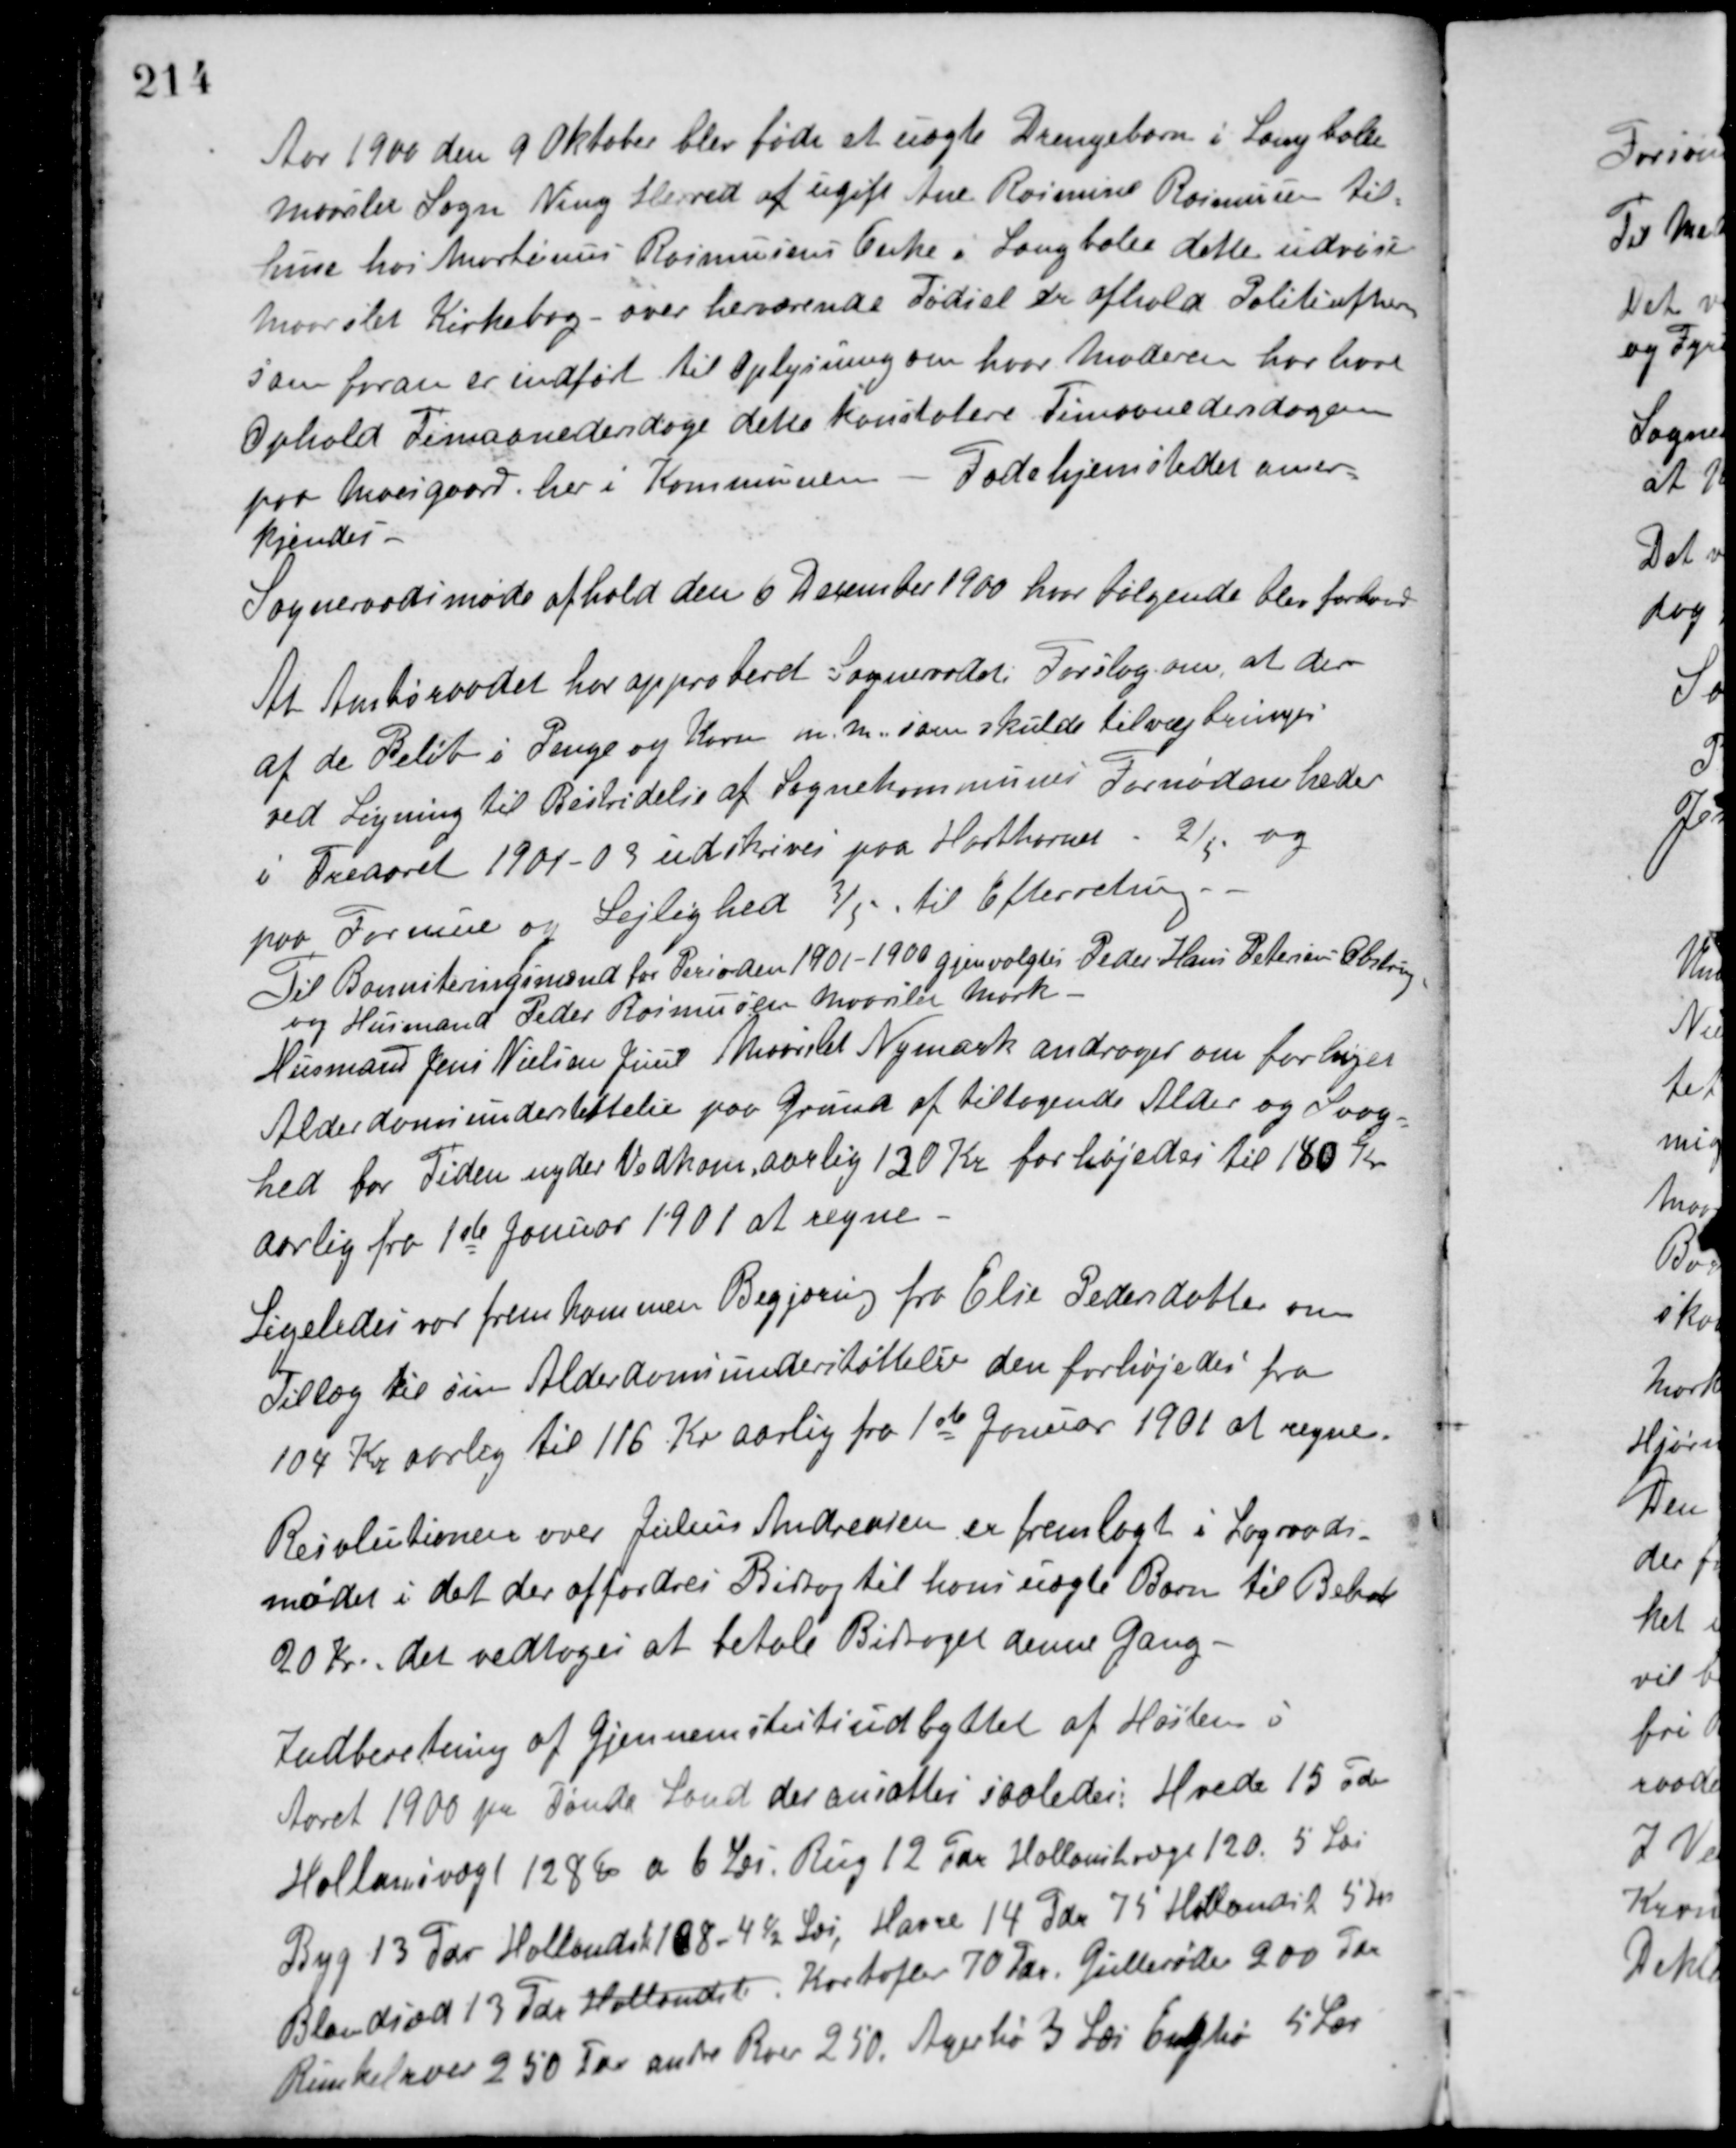
Transskription:
Aar 1900 den 9 Oktober blev født et uægte Drengebarn i Langballe
Maarslet Sogn Ning Herred af ugift Ane Rasmine Rasmussen til
huse hos Martinus Rasmussens Enke i Langballe dette udvise
Maarslet Kirkebog - over herværende Fødsel er afhold Politiefter
som foran er indført til Oplysning om hvor Moderen har havt
Ophold Timaanedersdage dette konstatere Timaanedersdagen
paa Moesgaard her i Kommunen - Fødehjemstedet aner-
kjendes.
Sogneraadsmøde afhold den 6 December 1900 hvor følgende blev forhand
At Amtsraadet har approberet Sogneraadets Forslag om, at der
af de Beløb i Penge og Korn m. m. som skulde tilvejebringes
ved Ligning til Bestridelse af Sognekommunens Fornødenheder
i Treaaret 1901-03 udskrives paa Hartkornet - 2/5 og
paa Formue og Lejlighed 3/5 til Efterretning.
Til Bonniteringsmænd for Perioden 1901-1900 gjenvalgtes Peder Hans Petersen Obstrup
og Husmand Peder Rasmussen Maarslet Mark
Husmand Jens Nielsen Juul Maarslet Nymark andrager om forhøjet
Alderdomsunderstøttelse paa Grund af tiltagende Alder og Svag-
hed for Tiden nyder Vedkom. aarlig 130 Kr forhøjedes til 180 Kr
aarlig fra 1ste Januar 1901 at regne.
Ligeledes var fremkommen Begjæring fra Else Pedersdatter om
Tillæg til sin Alderdomsunderstøttelse den forhøjedes fra
104 Kr aarlig til 116 Kr aarlig fra 1ste Januar 1901 at regne.
Resolutionen over Julius Andreasen er fremlagt i Sograads-
mødet i det der affordres Bidrag til hans uægte Barn til Beløb
20 Kr., det vedtoges at betale Bidraget denne Gang.
Indberetning af Gjennemsnitsudbyttet af Høsten i
Aaret 1900 pr. Tønde Land der ansættes saaledes: Hvede 15 ℔
Hollansk vægt 128 ℔ a 6 Læs Rug 12 Tdr Hollansk vægt 120. 5 Læs
Byg 13 Tdr Hollandsk 108 - 4½ Læs, Havre 14 Tdr 75 Hollandsk 5 Læs
Blandsæd 13 Tdr Hollandsk Kartofler 70 Tdr Gullerøder 200 Tdr
Runkelroer 250 Tdr For andre Roer 250. Agerhø 3 Læs Enghø 5 Læs